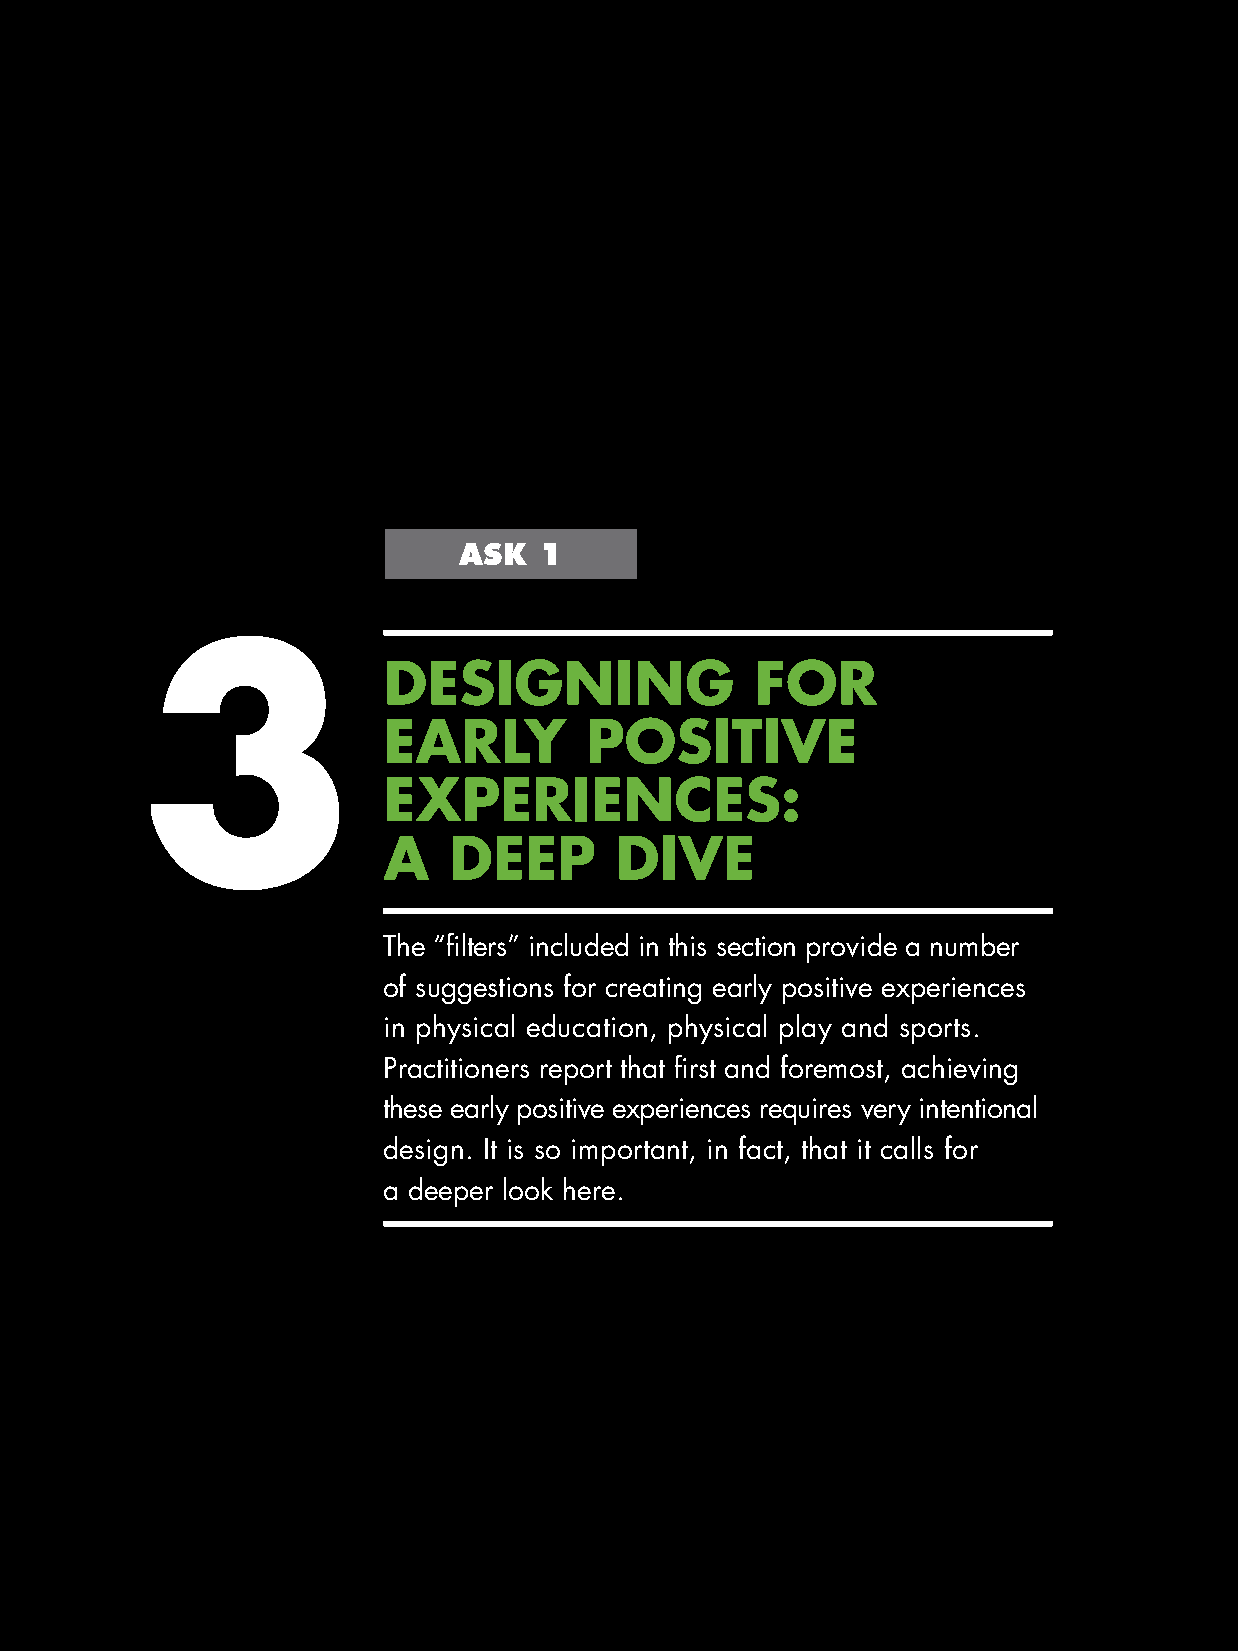
ASK   1
 3
 DESIGNING                FOR
 EARLY         POSITIVE
 EXPERIENCES:
 A    DEEP       DIVE
 The “filters” included in this section provide a number
 of suggestions for creating early positive experiences
 in physical education, physical play and sports.
 Practitioners report that first and foremost, achieving
 these early positive experiences requires very intentional
 design. It is so important, in fact, that it calls for
 a deeper look here.